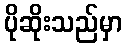
ပိုဆိုးသည်မှာ